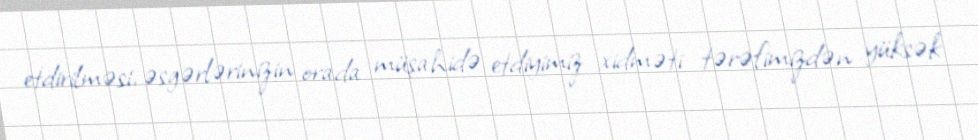
etdirilməsi, əsgərlərinizin orada müşahidə etdiyimiz xidməti tərəfimizdən yüksək